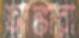
আঙ্কারা